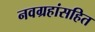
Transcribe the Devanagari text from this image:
नवग्रहांसहित